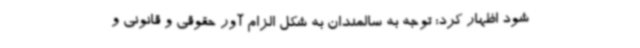
شود اظهار کرد: توجه به سالمندان به شکل الزام آور حقوقی و قانونی و